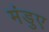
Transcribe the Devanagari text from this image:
मंडुए